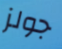
جولز